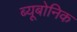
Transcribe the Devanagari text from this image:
ब्यूबोनिक